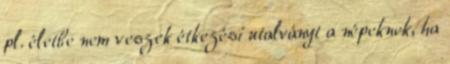
pl. életbe nem veszek étkezési utalványt a népeknek, ha